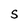
Character: S